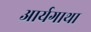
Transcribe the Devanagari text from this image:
आर्यगाथा